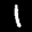
Label: 1